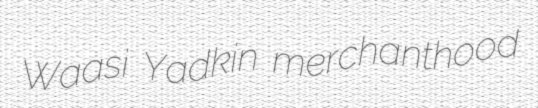
Waasi Yadkin merchanthood